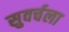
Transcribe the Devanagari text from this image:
सुवर्चला